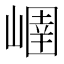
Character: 𡻢